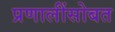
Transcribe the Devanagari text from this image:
प्रणालींसोबत